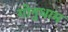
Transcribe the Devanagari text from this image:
गोनुधाम